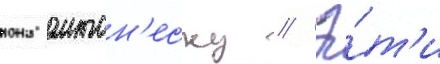
иона антон'еску // Э́т'и